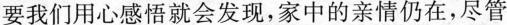
要我们用心感悟就会发现，家中的亲情仍在，尽管